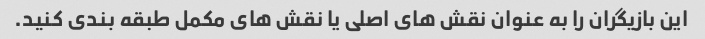
این بازیگران را به عنوان نقش های اصلی یا نقش های مکمل طبقه بندی کنید.